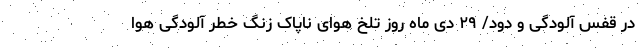
در قفس آلودگی و دود/ ۲۹ دی ماه روز تلخ هوای ناپاک زنگ خطر آلودگی هوا